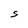
Character: S